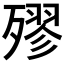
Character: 𣩍